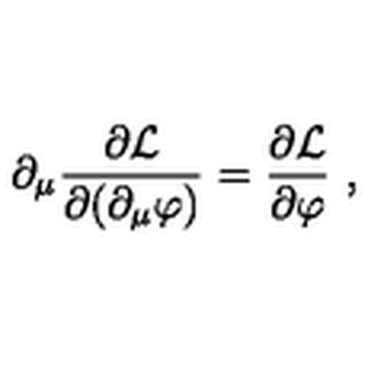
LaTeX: \partial _ { \mu } \frac { \partial { \mathcal { L } } } { \partial ( \partial _ { \mu } \varphi ) } = \frac { \partial { \mathcal { L } } } { \partial \varphi } \ ,